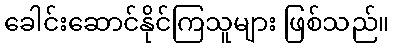
ခေါင်းဆောင်နိုင်ကြသူများ ဖြစ်သည်။